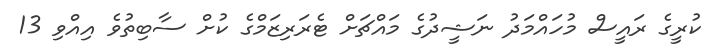
ކުރީގެ ރައީސް މުހައްމަދު ނަޝީދުގެ މައްޗަށް ޓެރަރިޒަމްގެ ކުށް ސާބިތުވެ އިއްވި 13